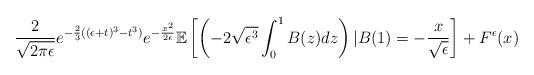
LaTeX: \begin{align*}\frac{2}{\sqrt{2\pi \epsilon}}e^{-\frac{2}{3}((\epsilon+t)^3-t^3)}e^{-\frac{x^2}{2\epsilon}}\mathbb{E}\left[\left(-2\sqrt{\epsilon^3} \int_{0}^1 B(z)dz \right) \vert B(1)=-\frac{x}{\sqrt{\epsilon}}\right]+F^{\epsilon}(x)\end{align*}